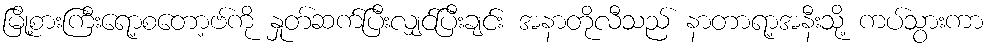
မြို့စားကြီးရော့စတော့ဗ်ကို နှုတ်ဆက်ပြီးလျှင်ပြီးချင်း အနာတိုလီသည် နာတာရာ့အနီးသို့ ကပ်သွားကာ